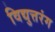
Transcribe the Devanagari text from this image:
विद्युत्तरंग